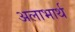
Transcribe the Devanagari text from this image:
अलाभार्थ